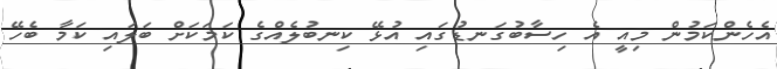
އެހެންކަމުން މިއީ އެ ހިސާބުގަނޑުގައި އުޅޭ ކިނބުލެއްގެ ކަމަކަށް ބަލައި ކަމާ ބެހޭ